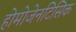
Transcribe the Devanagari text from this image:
होमोजेनटिसिक